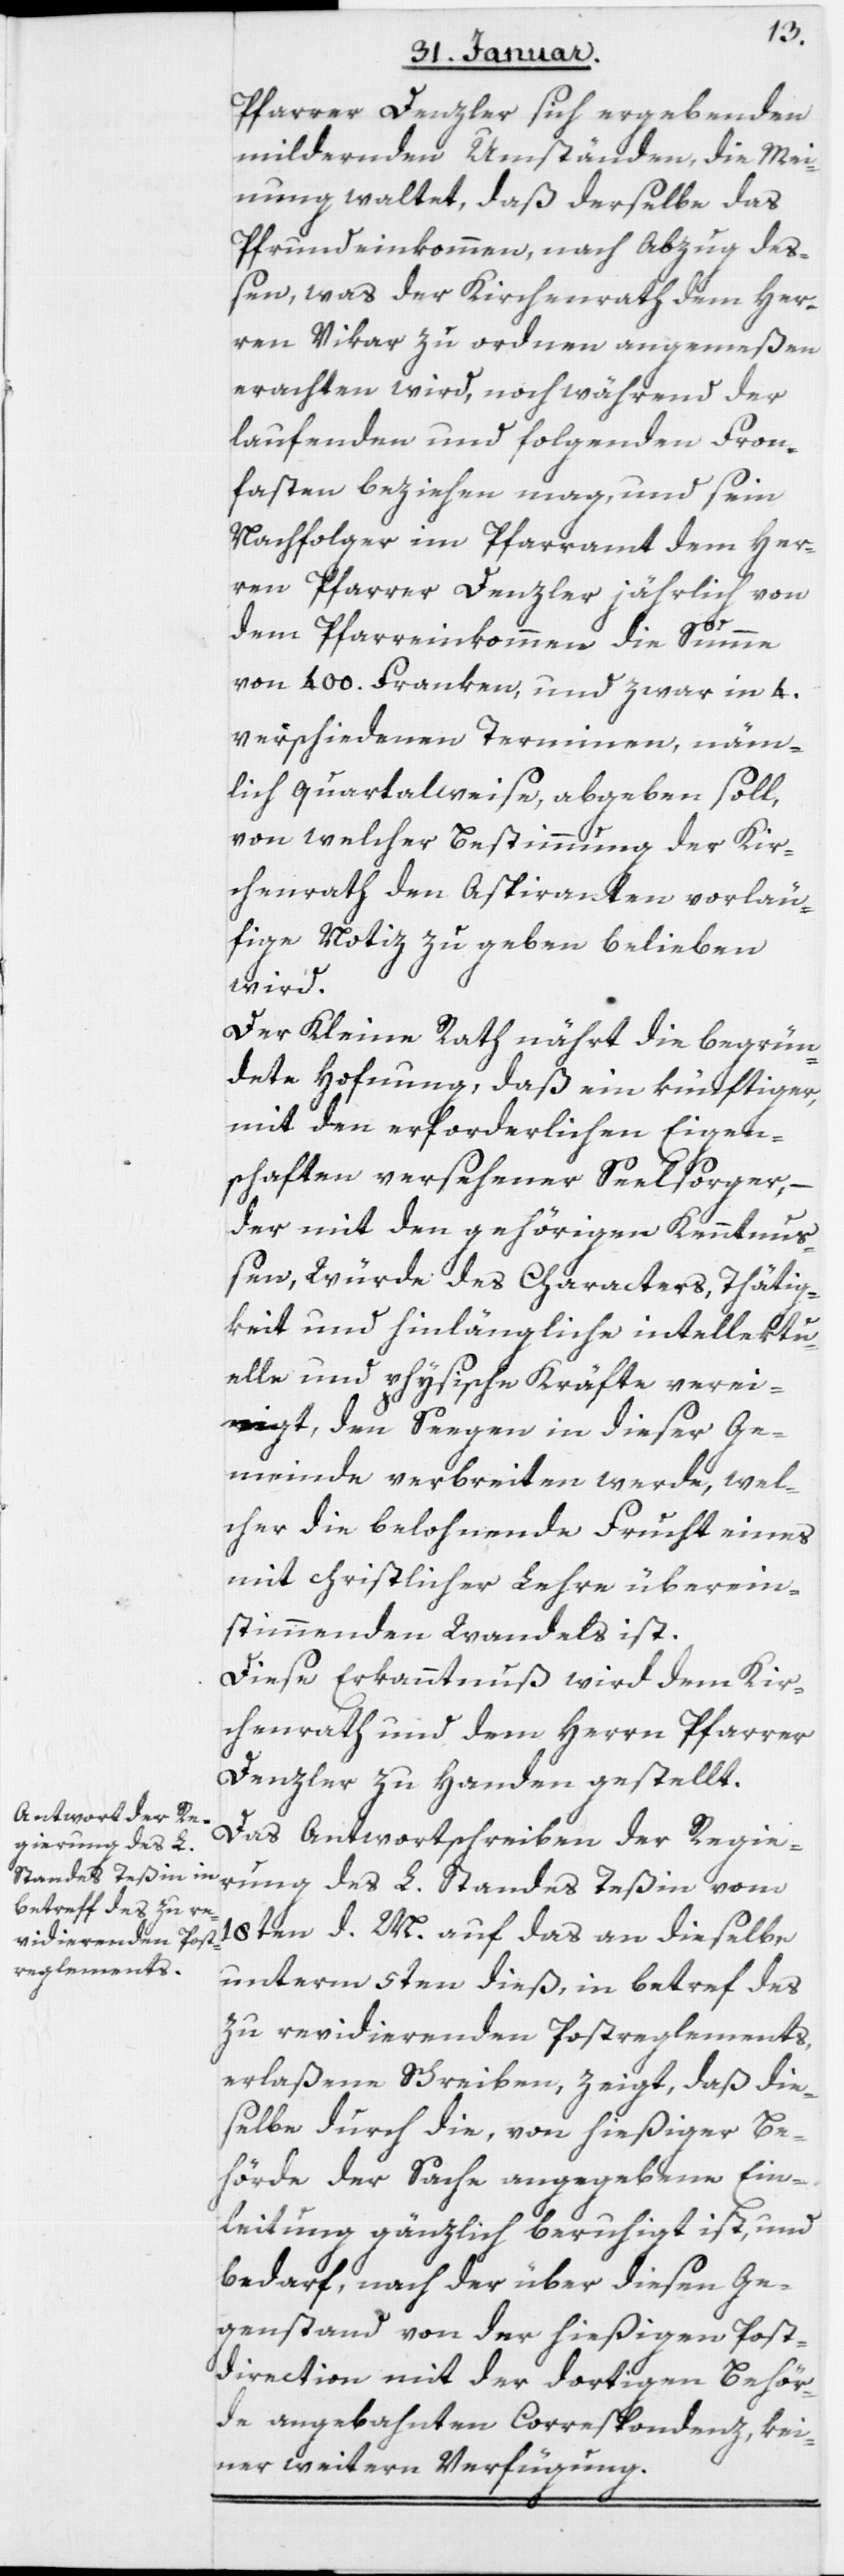
Pfarrer Denzler sich ergebenden
mildernden Umständen, die Mey¬
nung waltet, daß derselbe das
Pfrundeinkommen, nach Abzug des¬
sen, was der Kirchenrath dem Her¬
ren Vikar zu ordnen angemeßen
erachten wird, noch während der
laufenden und folgenden Fron¬
fasten beziehen mag, und sein
Nachfolger im Pfarramt dem Her¬
ren Pfarrer Denzler jährlich von
dem Pfarreinkommen die Summe
von 400. Franken, und zwar in 4.
verschiedenen Terminen, nämm¬
lich quartalweise, abgeben soll,
von welcher Bestimmung der Kir¬
chenrath den Aspiranten vorläu¬
ffige Notiz zu geben belieben
wird.
Der Kleine Rat nährt die begrün¬
dete Hofnung, daß ein künftiger,
mit den erforderlichen Eigen¬
schaften versehener Seelsorger, –
der mit den gehörigen Kenntnus¬
sen, Würde des Characters, Thätig¬
keit und hinlängliche intellektu¬
elle und physische Kräfte verei¬
nigt, den Seegen in dieser Ge¬
meinde verbreiten werde, wel¬
cher die belohnende Frucht eines
mit christlicher Lehre überein¬
stimmenden Wandels ist.
Diese Erkanntnuß wird dem Kir¬
chenrath und dem Herrn Pfarrer
Denzler zu Handen gestellt.
Das Antwortschreiben der Regie¬
rung des L. Standes Teßin vom
18ten d. M. auf das an dieselbe
unterm 5ten dieß, in betref des
zu revidierenden Postreglements,
erlaßene Schreiben, zeigt, daß die¬
selbe durch die, von hießiger Be¬
hörde der Sache angegebene Ein¬
leitung gänzlich beruhigt ist, und
bedarf, nach der über diesen Ge¬
genstand von der hießigen Post¬
direction mit der dortigen Behör¬
de angebahnten Correspondenz, kei¬
ner weitern Verfügung.